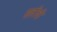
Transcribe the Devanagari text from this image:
सलीबों